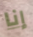
إنا